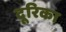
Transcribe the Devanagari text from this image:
दूरिका